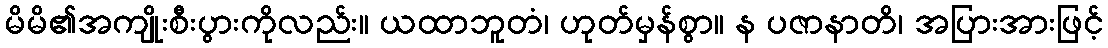
မိမိ၏အကျိုးစီးပွားကိုလည်း။ ယထာဘူတံ၊ ဟုတ်မှန်စွာ။ န ပဇာနာတိ၊ အပြားအားဖြင့်